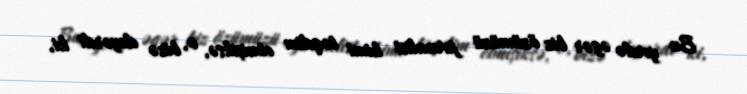
Bu yerdə əgər biz özümüzü jurnalist kimi təqdim etmişiksə, o, bizə deyərdi ki,